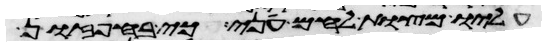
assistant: עליו מצות לחם עני כי בחפזון